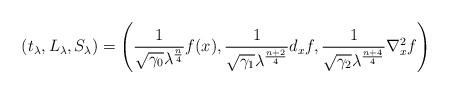
LaTeX: \begin{align*}(t_\lambda,L_\lambda,S_\lambda) = \left(\frac{1}{\sqrt{\gamma_0}\lambda^\frac{n}{4}}f(x), \frac{1}{\sqrt{\gamma_1}\lambda^\frac{n+2}{4}}d_xf, \frac{1}{\sqrt{\gamma_2}\lambda^\frac{n+4}{4}}\nabla^2_xf\right)\end{align*}